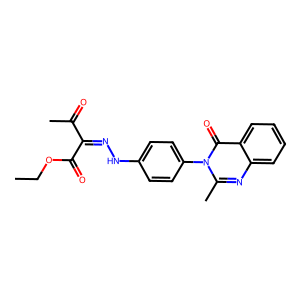
SMILES: CCOC(=O)C(=NNc1ccc(-n2c(C)nc3ccccc3c2=O)cc1)C(C)=O
Inhibits HIV replication: No